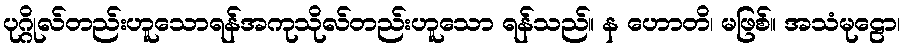
ပုဂ္ဂိုလ်တည်းဟူသောရန်အကုသိုလ်တည်းဟူသော ရန်သည်။ န ဟောတိ၊ မဖြစ်။ အသံမုဠော၊